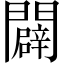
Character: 闢